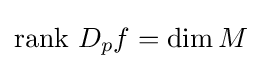
\operatorname {rank} \,D_{p}f=\dim M